Annual report of the Madras Medical College
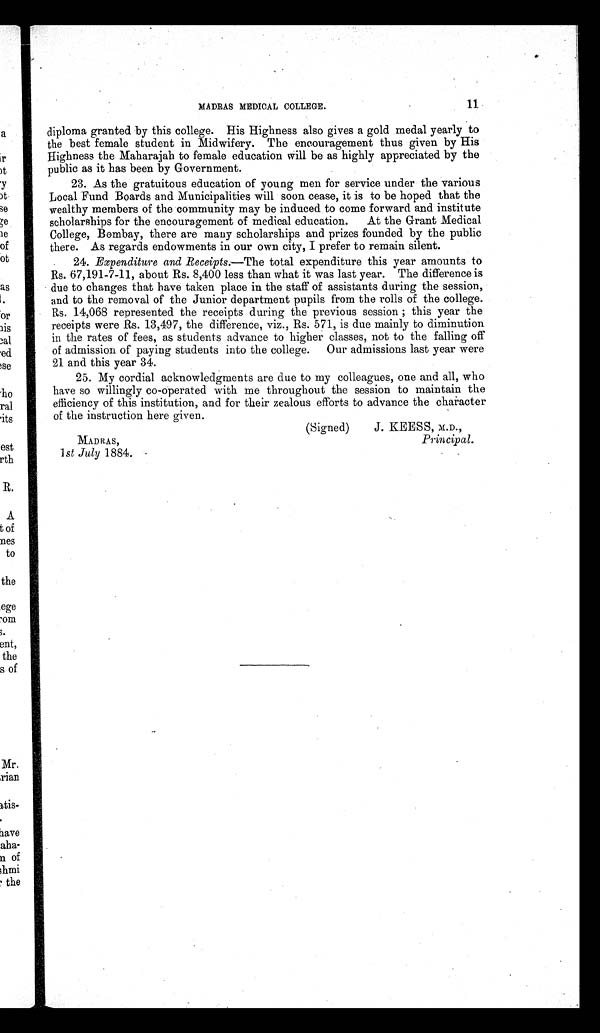
MADRAS MEDICAL COLLEGE.
11
diploma granted by this college. His Highness also gives a gold medal yearly to
the best female student in Midwifery. The encouragement thus given by His
Highness the Maharajah to female education will be as highly appreciated by the
public as it has been by Government.
23. As the gratuitous education of young men for service under the various
Local Fund Boards and Municipalities will soon cease, it is to be hoped that the
wealthy members of the community may be induced to come forward and institute
scholarships for the encouragement of medical education. At the Grant Medical
College, Bombay, there are many scholarships and prizes founded by the public
there. As regards endowments in our own city, I prefer to remain silent.
24. Expenditure and Receipts.—The total expenditure this year amounts to
Rs. 67,191-7-11, about Rs. 8,400 less than what it was last year. The difference is
due to changes that have taken place in the staff of assistants during the session,
and to the removal of the Junior department pupils from the rolls of the college.
Rs. 14,068 represented the receipts during the previous session ; this year the
receipts were Rs. 13,497, the difference, viz., Rs. 571, is due mainly to diminution
in the rates of fees, as students advance to higher classes, not to the falling off
of admission of paying students into the college. Our admissions last year were
21 and this year 34.
25. My cordial acknowledgments are due to my colleagues, one and all, who
have so willingly co-operated with me throughout the session to maintain the
efficiency of this institution, and for their zealous efforts to advance the character
of the instruction here given.
(Signed)
J. KEESS, M.D.,
MADRAS,
Principal.
1st July 1884.
Mr,
Dian
Otis-
lave
a b a - a o f
hmi
the